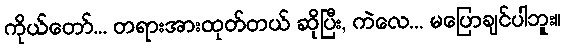
ကိုယ်တော်... တရားအားထုတ်တယ် ဆိုပြီး, ကဲလေ... မပြောချင်ပါဘူး။